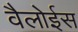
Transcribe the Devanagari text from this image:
वैलोईस